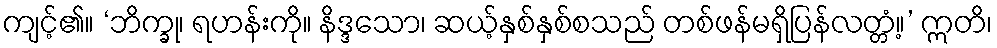
ကျင့်၏။ ‘ဘိက္ခု၊ ရဟန်းကို။ နိဒ္ဒသော၊ ဆယ့်နှစ်နှစ်စသည် တစ်ဖန်မရှိပြန်လတ္တံ့။’ ဣတိ၊